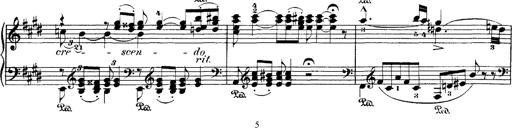
Title: Hungarian Rhapsody No.1
Composer: Franz Liszt
Key: C-sharp minor